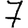
Digit: 7